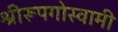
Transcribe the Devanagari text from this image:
श्रीरूपगोस्वामी